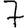
Digit: 7